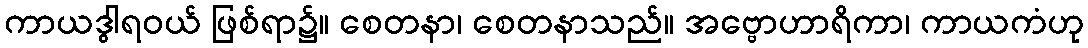
ကာယဒွါရဝယ် ဖြစ်ရာ၌။ စေတနာ၊ စေတနာသည်။ အဗ္ဗောဟာရိကာ၊ ကာယကံဟု